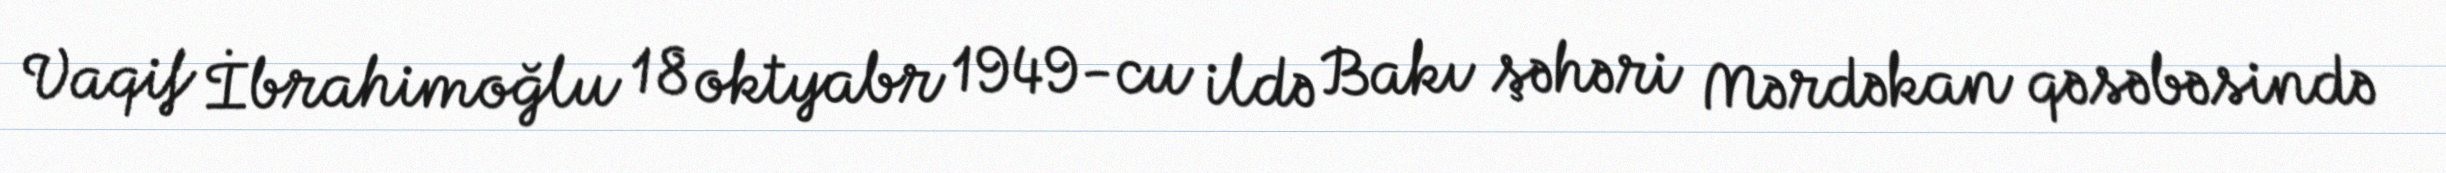
Vaqif İbrahimoğlu 18 oktyabr 1949-cu ildə Bakı şəhəri Mərdəkan qəsəbəsində